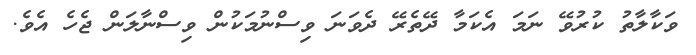
ވަކާލާތު ކުރުވޭ ނަމަ އެކަމާ ދޭތެރޭ ދެވަނަ ވިސްނުމަކުން ވިސްނާލަން ޖެހެ އެވެ.